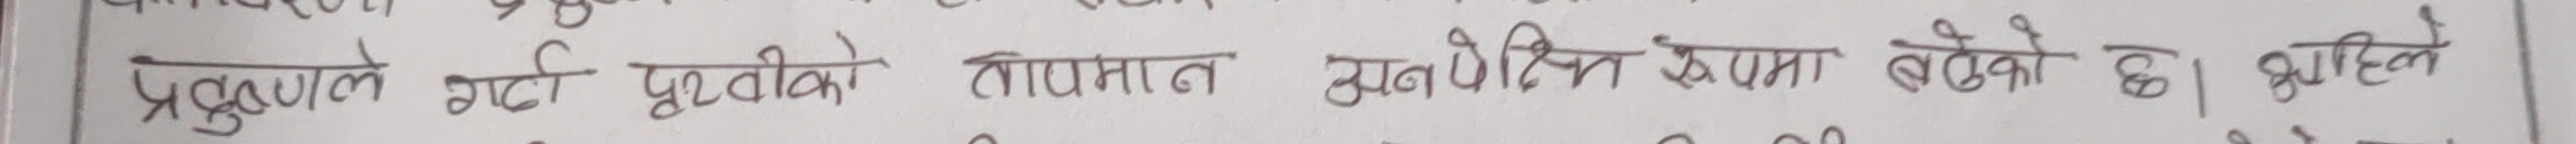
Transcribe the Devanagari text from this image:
प्रदुषणले गर्दा पृथ्वीको तापमान अनपेक्षित रुपमा बढेको छ। अहिले